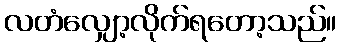
လတံလျှော့လိုက်ရတော့သည်။